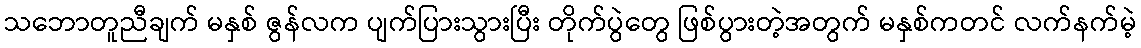
သဘောတူညီချက် မနှစ် ဇွန်လက ပျက်ပြားသွားပြီး တိုက်ပွဲတွေ ဖြစ်ပွားတဲ့အတွက် မနှစ်ကတင် လက်နက်မဲ့